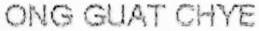
ONG GUAT CHYE